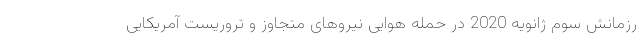
رزمانش سوم ژانویه 2020 در حمله هوایی نیروهای متجاوز و تروریست آمریکایی